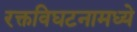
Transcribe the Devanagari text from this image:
रक्तविघटनामध्ये